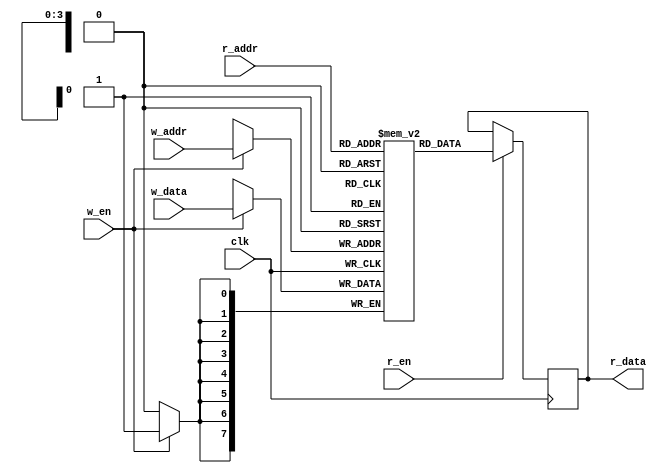
// Simple block RAM example
// 
// Inputs:
//      clk             - Input clock
//      w_en            - Write enable
//      r_en            - Read enable
//      w_addr[3:0]     - Write address
//      r_addr[3:0]     - Read address
//      w_data[7:0]     - Data to be written
// 
// Outputs:
//      r_data[7:0]     - Data to be read
//
// License: 0BSD

// Inferred block RAM
module memory #(

    // Parameters
    parameter   INIT_FILE = ""
) (

    // Inputs
    input               clk,
    input               w_en,
    input               r_en,
    input       [3:0]   w_addr,
    input       [3:0]   r_addr,
    input       [7:0]   w_data,
    
    // Outputs
    output  reg [7:0]   r_data
);

    // Declare memory
    reg [7:0]  mem [0:15];
    
    // Interact with the memory block
    always @ (posedge clk) begin
    
        // Write to memory
        if (w_en == 1'b1) begin
            mem[w_addr] <= w_data;
        end
        
        // Read from memory
        if (r_en == 1'b1) begin
            r_data <= mem[r_addr];
        end
    end
    
    // Initialization (if available)
    initial if (INIT_FILE) begin
        $readmemh(INIT_FILE, mem);
    end
    
endmodule